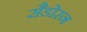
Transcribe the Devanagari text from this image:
सैडोरन